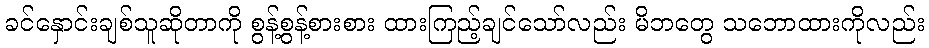
ခင်နှောင်းချစ်သူဆိုတာကို စွန့်စွန့်စားစား ထားကြည့်ချင်သော်လည်း မိဘတွေ သဘောထားကိုလည်း